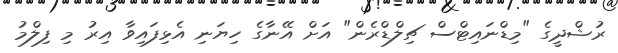
ރުޝްދީގެ "މިޑްނައިޓްސް ޗިލްޑްރެން" އަށް އޭނާގެ ހިޔަނި އެޅިފައިވާ އިރު މި ފިލްމު